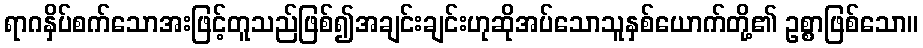
ရာဂနှိပ်စက်သောအးဖြင့်တူသည်ဖြစ်၍အချင်းချင်းဟုဆိုအပ်သောသူနှစ်ယောက်တို့၏ ဥစ္စာဖြစ်သော။